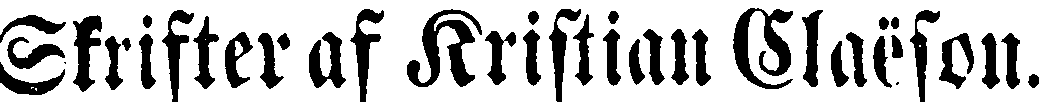
Skrifter af Kristian Slaëson.